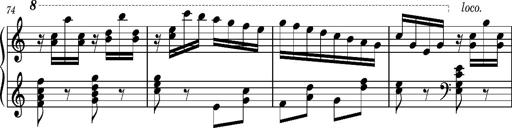
Title: Ungarischer Romanzero
Composer: Franz Liszt